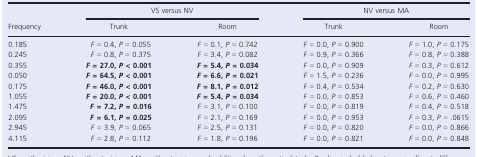
<table><thead><tr><td rowspan="2"><b>Frequency</b></td><td colspan="2"><b>VS versus NV</b></td><td colspan="2"><b>NV versus MA</b></td></tr><tr><td><b>Trunk</b></td><td><b>Room</b></td><td><b>Trunk</b></td><td><b>Room</b></td></tr></thead><tbody><tr><td>0.185</td><td><i>F </i>=<i> </i>0.4, <i>P </i>=<i> </i>0.055</td><td><i>F </i>=<i> </i>0.1, <i>P </i>=<i> </i>0.742</td><td><i>F </i>=<i> </i>0.0, <i>P </i>=<i> </i>0.900</td><td><i>F </i>=<i> </i>1.0, <i>P </i>=<i> </i>0.175</td></tr><tr><td>0.245</td><td><i>F </i>=<i> </i>0.8, <i>P </i>=<i> </i>0.375</td><td><i>F </i>=<i> </i>3.4, <i>P </i>=<i> </i>0.082</td><td><i>F </i>=<i> </i>0.9, <i>P </i>=<i> </i>0.366</td><td><i>F </i>=<i> </i>0.8, <i>P </i>=<i> </i>0.388</td></tr><tr><td>0.355</td><td><i><b>F </b></i><b>=</b><i><b> </b></i><b>27.0, </b><i><b>P </b></i><b>&lt;</b><i><b> </b></i><b>0.001</b></td><td><i><b>F </b></i><b>=</b><i><b> </b></i><b>5.4, </b><i><b>P </b></i><b>=</b><i><b> </b></i><b>0.034</b></td><td><i>F </i>=<i> </i>0.0, <i>P </i>=<i> </i>0.909</td><td><i>F </i>=<i> </i>0.3, <i>P </i>=<i> </i>0.612</td></tr><tr><td>0.050</td><td><i><b>F </b></i><b>=</b><i><b> </b></i><b>64.5, </b><i><b>P </b></i><b>&lt;</b><i><b> </b></i><b>0.001</b></td><td><i><b>F </b></i><b>=</b><i><b> </b></i><b>6.6, </b><i><b>P </b></i><b>=</b><i><b> </b></i><b>0.021</b></td><td><i>F </i>=<i> </i>1.5, <i>P </i>=<i> </i>0.236</td><td><i>F </i>=<i> </i>0.0, <i>P </i>=<i> </i>0.995</td></tr><tr><td>0.175</td><td><i><b>F </b></i><b>=</b><i><b> </b></i><b>46.0, </b><i><b>P </b></i><b>&lt;</b><i><b> </b></i><b>0.001</b></td><td><i><b>F </b></i><b>=</b><i><b> </b></i><b>8.1, </b><i><b>P </b></i><b>=</b><i><b> </b></i><b>0.012</b></td><td><i>F </i>=<i> </i>0.4, <i>P </i>=<i> </i>0.534</td><td><i>F </i>=<i> </i>0.2, <i>P </i>=<i> </i>0.630</td></tr><tr><td>1.055</td><td><i><b>F </b></i><b>=</b><i><b> </b></i><b>20.0, </b><i><b>P </b></i><b>&lt;</b><i><b> </b></i><b>0.001</b></td><td><i><b>F </b></i><b>=</b><i><b> </b></i><b>5.4, </b><i><b>P </b></i><b>=</b><i><b> </b></i><b>0.034</b></td><td><i>F </i>=<i> </i>0.0, <i>P </i>=<i> </i>0.853</td><td><i>F </i>=<i> </i>0.6, <i>P </i>=<i> </i>0.460</td></tr><tr><td>1.475</td><td><i><b>F </b></i><b>=</b><i><b> </b></i><b>7.2, </b><i><b>P </b></i><b>=</b><i><b> </b></i><b>0.016</b></td><td><i>F </i>=<i> </i>3.1, <i>P </i>=<i> </i>0.100</td><td><i>F </i>=<i> </i>0.0, <i>P </i>=<i> </i>0.819</td><td><i>F </i>=<i> </i>0.4, <i>P </i>=<i> </i>0.518</td></tr><tr><td>2.095</td><td><i><b>F </b></i><b>=</b><i><b> </b></i><b>6.1, </b><i><b>P </b></i><b>=</b><i><b> </b></i><b>0.025</b></td><td><i>F </i>=<i> </i>2.1, <i>P </i>=<i> </i>0.169</td><td><i>F </i>=<i> </i>0.0, <i>P </i>=<i> </i>0.953</td><td><i>F </i>=<i> </i>0.3, <i>P </i>=<i> </i>.0615</td></tr><tr><td>2.945</td><td><i>F </i>=<i> </i>3.9, <i>P </i>=<i> </i>0.065</td><td><i>F </i>=<i> </i>2.5, <i>P </i>=<i> </i>0.131</td><td><i>F </i>=<i> </i>0.0, <i>P </i>=<i> </i>0.820</td><td><i>F </i>=<i> </i>0.0, <i>P </i>=<i> </i>0.866</td></tr><tr><td>4.115</td><td><i>F </i>=<i> </i>2.8, <i>P </i>=<i> </i>0.112</td><td><i>F </i>=<i> </i>1.8, <i>P </i>=<i> </i>0.196</td><td><i>F </i>=<i> </i>0.0, <i>P </i>=<i> </i>0.821</td><td><i>F </i>=<i> </i>0.0, <i>P </i>=<i> </i>0.848</td></tr></tbody></table>